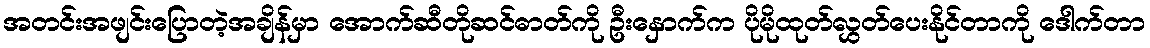
အတင်းအဖျင်းပြောတဲ့အချိန်မှာ အောက်ဆီတိုဆင်ဓာတ်ကို ဦးနှောက်က ပိုမိုထုတ်လွှတ်ပေးနိုင်တာကို ဒေါက်တာ